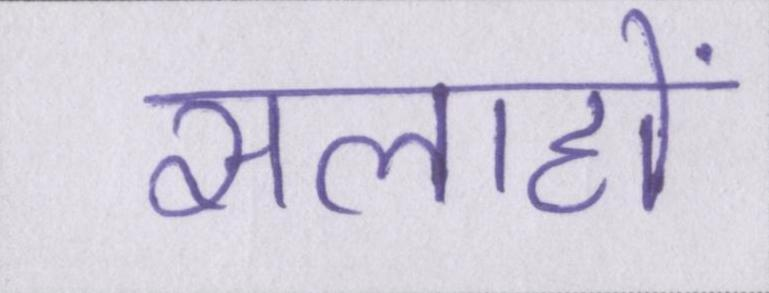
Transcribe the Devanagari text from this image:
सलाहों